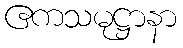
ဧကသမုဋ္ဌာနာ